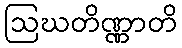
ဩဃတိဏ္ဏာတိ